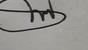
Signature authenticity: genuine